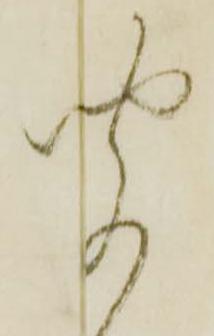
聞